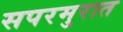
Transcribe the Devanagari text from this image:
सपरमुरात